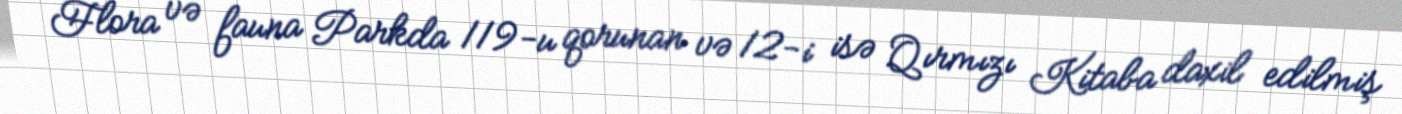
Flora və fauna Parkda 119-u qorunan və 12-i isə Qırmızı Kitaba daxil edilmiş